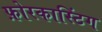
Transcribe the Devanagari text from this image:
फ़ोरकास्टिंग